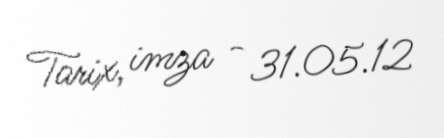
Tarix, imza - 31.05.12